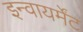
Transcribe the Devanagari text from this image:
इन्वायर्मेंट